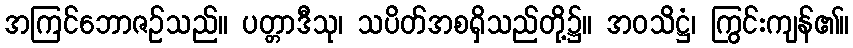
အကြင်ဘောဇဉ်သည်။ ပတ္တာဒီသု၊ သပိတ်အစရှိသည်တို့၌။ အဝသိဋ္ဌံ၊ ကြွင်းကျန်၏။